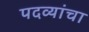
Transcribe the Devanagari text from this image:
पदव्यांचा